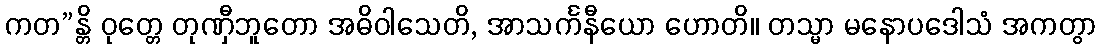
ကတ”န္တိ ဝုတ္တေ တုဏှီဘူတော အဓိဝါသေတိ, အာသင်္ကနီယော ဟောတိ။ တသ္မာ မနောပဒေါသံ အကတွာ